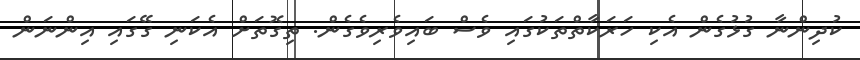
ކުދިންނާ ގުޅުގެން އެކި ހަރަކާތްތަކުގައި ވެސް ބައިވެރިވެގެން. ތިގޮތަށް އެކަނި ގޭގައި އިންނަން